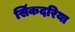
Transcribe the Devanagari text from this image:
सिंकदरिया